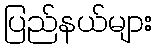
ပြည်နယ်များ